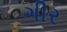
ગીર